Leaving Certificate Examination (including Day School Certificate (Higher) General paper), 1929
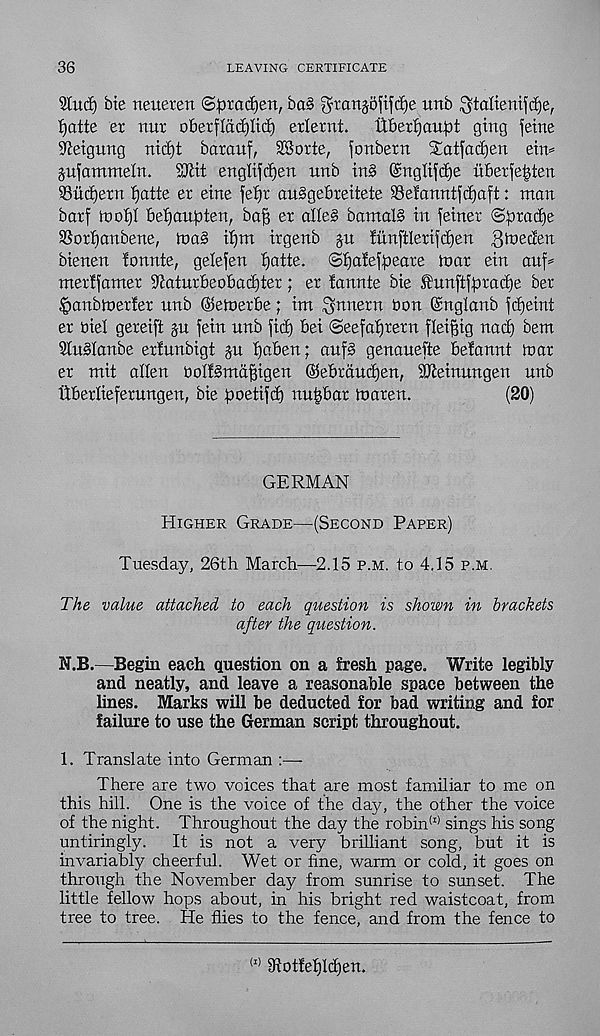
36
LEAVING CERTIFICATE
9lucf) bte neueten ©^radjen, ba§ ^ranjojifdje unb ^talienifdje,
fjatte er nur oberfladjltd) erlernt.
Uber!)au^t gtng feme
9Jetgung nicf)t barauf, SKorte, fonbern Satfadjen etn=
jitfammeln.
SKit engltfd)en unb in§ @nglifd)e ii6erfe|ten
^Budjern f)atte er eine fe£)r auSgebreitete Selonntfdjaft: man
barf mof)I befjaufoten, ba^ er alleJ bamal§ in fetner ©praci)e
3Sorbanbene, ma§ d)m trgenb jn funftlerifd)en fttveden
bienen fonnte, gelefen ijatte. ©i)aief^eare mar etn auf=
merlfamer 9?aturbeobad)ter; er fanrtte bte funftfprad^e ber
.^aubmerfer nnb (Semerbe; im gnuern bon ©nglanb fd)eint
er biel gereift p fein nnb fid) bei ©eefafjrern flei^ig nad) bent
5tu3ianbe erfunbigt p {jaben; anf§ genanefte beiannt mar
er mit alien bollgmd^igen ©ebrdndjen, 5Cfteinnngen unb
ttberlieferungen, bie poet if d) nn^bar maren.
(20)
GERMAN
Higher Grade—(Second Paper)
Tuesday, 26th March—2.15 p.m. to 4.15 p.m.
TAe value attached to each question is shown in brackets
after the question.
N.B.—Begin each question on a fresh page. Write legibly
and neatly, and leave a reasonable space between the
lines. Marks will be deducted for bad writing and for
failure to use the German script throughout.
1. Translate into German :—
There are two voices that are most familiar to me on
this hill. One is the voice of the day, the other the voice
of the night. Throughout the day the robin (I) sings his song
untiringly.
It is not a very brilliant song, but it is
invariably cheerful. Wet or fine, warm or cold, it goes on
through the November day from sunrise to sunset. The
little fellow hops about, in his bright red waistcoat, from
tree to tree. He flies to the fence, and from the fence to
(I) 9iotfef)Id)en.